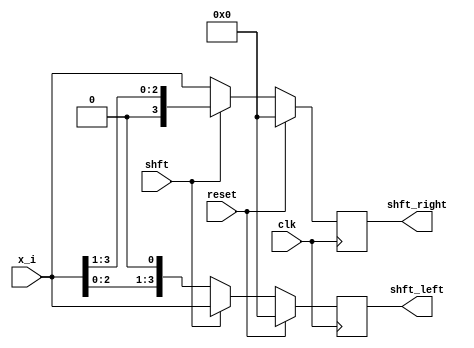
`timescale 1ns / 1ps
//////////////////////////////////////////////////////////////////////////////////
// Company: 
// Engineer: 
// 
// Design Name: 
// Module Name: shft_reg_day6
// Project Name: 
// Target Devices: 
// Tool Versions: 
// Description: 
// 
// Dependencies: 
// 
// Revision:
// Revision 0.01 - File Created
// Additional Comments:
// 
//////////////////////////////////////////////////////////////////////////////////


module shft_reg_day6(
input wire clk, reset, shft,
input wire [3:0] x_i,
output reg [3:0] shft_left, shft_right
    );
    //if the shft signal will be high, it will shift left else shft right will be done
    always @(posedge clk)
    begin
    if (reset)
    begin
    shft_left <= 0;
    shft_right <= 0;
    end
    
    else if (shft)
    begin
    shft_right <= {1'b0, x_i[3:1]};
    shft_left <= x_i;
    end
    
    else
    begin
    shft_right <= x_i;
    shft_left <= {x_i[2:0], 1'b0};
    end
    end
endmodule